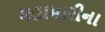
મહામારીના